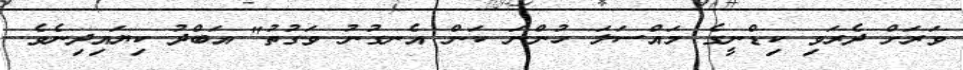
ވަރަށް ދެރަވި ކިޑްނީގެ މައްސަލަ ހުންނަ ކަން އެނގުނު ވަގުތު" އަބްދު ކިޔައިދިނެވެ.